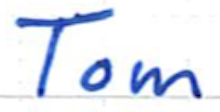
Text: Tom
Cross-out: clean
Writing tool: ballpoint